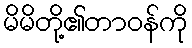
မိမိတို့၏တာဝန်ကို